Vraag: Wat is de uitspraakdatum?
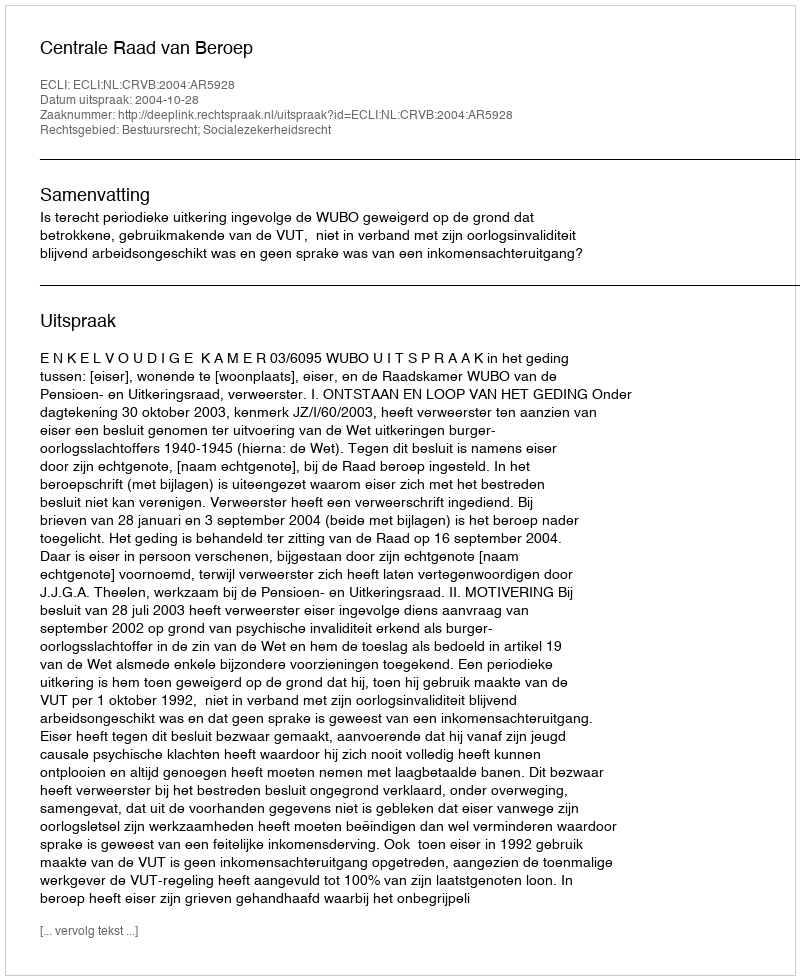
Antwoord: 2004-10-28